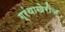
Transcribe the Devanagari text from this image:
ग्रंथाखेरीज